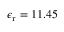
\epsilon _ { \mathrm { r } } = 1 1 . 4 5